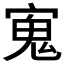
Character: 𭔉